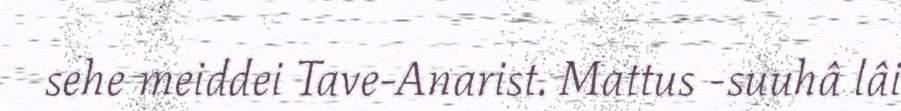
sehe meiddei Tave-Anarist. Mattus -suuhâ lâi